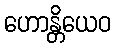
ဟောန္တိယေဝ